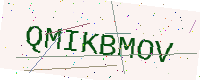
Text: QMIKBMOV